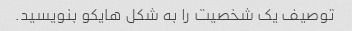
توصیف یک شخصیت را به شکل هایکو بنویسید.